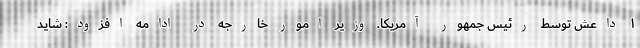
۱ داعش توسط رئیس جمهور آمریکا. وزیر امور خارجه در ادامه افزود: شاید